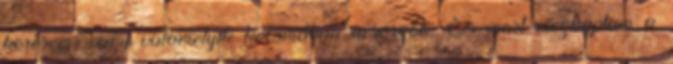
keresem, vagy valamelyik kocsmában ücsörgök. És most megkaptam a